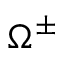
\Omega ^ { \pm }